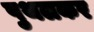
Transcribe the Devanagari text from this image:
पुथलकर